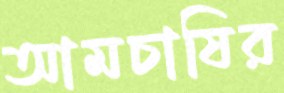
আমচাষির